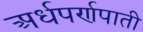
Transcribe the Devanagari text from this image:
अर्धपर्णपाती